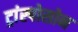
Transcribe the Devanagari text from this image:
ट्रांस्पोसोन